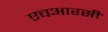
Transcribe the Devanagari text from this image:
एचआरसी